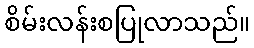
စိမ်းလန်းစပြုလာသည်။